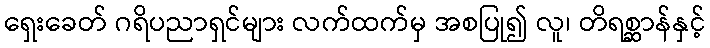
ရှေးခေတ် ဂရိပညာရှင်များ လက်ထက်မှ အစပြု၍ လူ၊ တိရစ္ဆာန်နှင့်